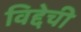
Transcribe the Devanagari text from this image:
विद्देची